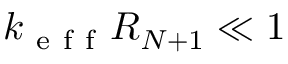
k _ { \mathrm { ~ e ~ f ~ f ~ } } R _ { N + 1 } \ll 1